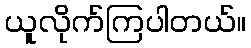
ယူလိုက်ကြပါတယ်။